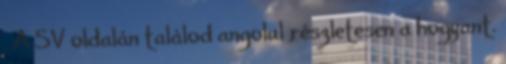
. A SV oldalán találod angolul részletesen a hogyant.